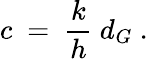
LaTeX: c\ =\ {\frac{k}{h}}\ d_{G}\ .